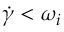
\dot { \gamma } < \omega _ { i }